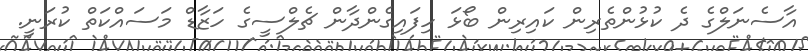
އާސެނަލްގެ ދެ ކުޅުންތެރިން ކައިރިން ބޯޅަ ހިފައިގެންދާން ޗެލްސީގެ ހަޒާޑް މަސައްކަތް ކުރަނީ.